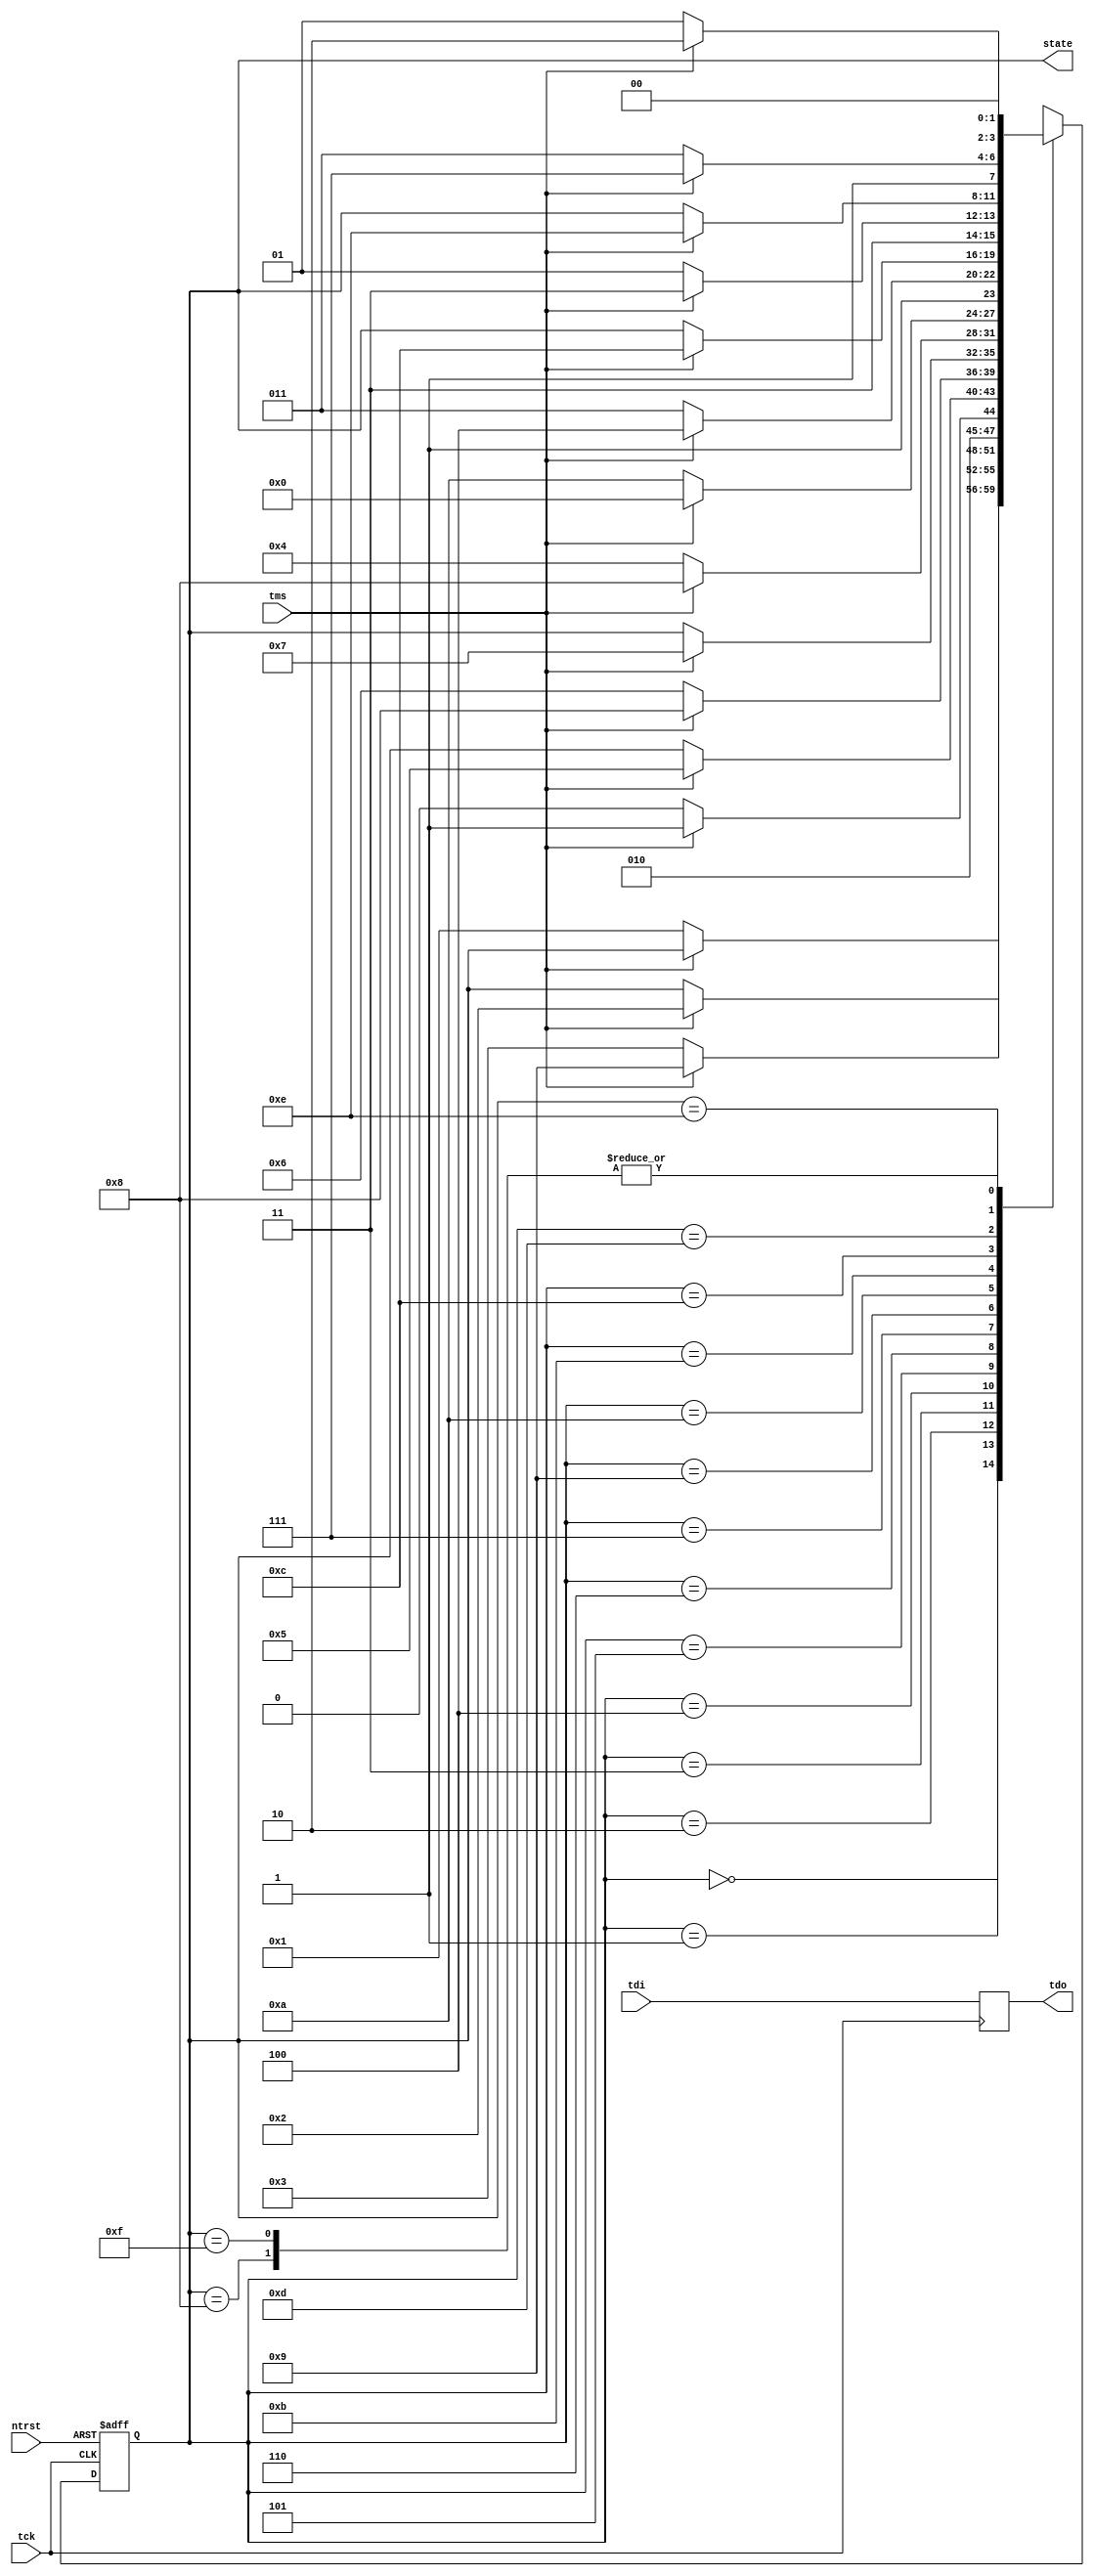
//------------------------------------------------------------------------------------------------------------------
// JTAG TAP Controller
//
// 08/25/04 Initial
// 10/17/05 Conform trst to jtag standard, active low, async, goes to tlr
// 12/21/05 Change tdi latch to posedge
//
//------------------------------------------------------------------------------------------------------------------
	module jtag
	(	
	tck,
	tms,
	tdi,
	tdo,
	ntrst,
	state
	);

// Constants
	parameter MXSTATE	= 4;				// Number tap bits

// IO Ports
	input					tck;			// Test Clock
	input					tms;			// Test Mode Select
	input					tdi;			// Test Data Input
	input					ntrst;			// Test Reset, active low
	output					tdo;			// Test Data Output
	output	[MXSTATE-1:0]	state; 			// JTAG machine status

// Test Access Port state machine declarations
	(* fsm_encoding="user" *)
	reg 	[MXSTATE-1:0]	tap;

	parameter test_logic_reset	=	4'h0;
	parameter run_test_idle		=	4'h1;
	parameter select_dr_scan	=	4'h2;
	parameter capture_dr		=	4'h3;
	parameter shift_dr			=	4'h4;
	parameter exit1_dr			=	4'h5;
	parameter pause_dr			=	4'h6;
	parameter exit2_dr			=	4'h7;
	parameter update_dr			=	4'h8;
	parameter select_ir_scan	=	4'h9;
	parameter capture_ir		=	4'hA;
	parameter shift_ir			=	4'hB;
	parameter exit1_ir			=	4'hC;
	parameter pause_ir			=	4'hD;
	parameter exit2_ir			=	4'hE;
	parameter update_ir			=	4'hF;

	parameter L					=	0;
	parameter H					=	1;

// TDO transitions on falling edge of tck, so latch it on rising edge
	reg					tdo;	

	always @(posedge tck) begin
	tdo	<= tdi;
	end

// Status output
	assign state = tap;

//xsynthesis attribute fsm_encoding of tap is "user"
// TAP State Machine
	always @(posedge tck or negedge ntrst) begin	
	if(!ntrst) tap = test_logic_reset;
	else begin

	case (tap)

	test_logic_reset:
		if (tms == L) tap = run_test_idle;

	run_test_idle:
		if (tms == H) tap = select_dr_scan;

	select_dr_scan:
		if (tms == H) tap = select_ir_scan;
	 	else		  tap = capture_dr;

	capture_dr:
		if (tms == H) tap = exit1_dr;
	 	else		  tap = shift_dr;

	shift_dr:
		if (tms == H) tap = exit1_dr;

	exit1_dr:
		if (tms == H) tap = update_dr;
	 	else		  tap = pause_dr;

	pause_dr:
		if (tms == H) tap = exit2_dr;

	exit2_dr:
		if (tms == H) tap = update_dr;
		else		  tap = shift_dr;

	update_dr:
		if (tms == H) tap = select_dr_scan;
		else		  tap = run_test_idle;

	select_ir_scan:
		if (tms == H) tap = test_logic_reset;
		else		  tap = capture_ir;

	capture_ir:
		if (tms == H) tap = exit1_ir;
		else		  tap = shift_ir;

	shift_ir:
		if (tms == H) tap = exit1_ir;

	exit1_ir:
		if (tms == H) tap = update_ir;
		else		  tap = pause_ir;

	pause_ir:
		if (tms == H) tap = exit2_ir;

	exit2_ir:
		if (tms == H) tap = update_ir;
		else		  tap = shift_ir;

	update_ir:
		if (tms == H) tap = select_dr_scan;
	 	else		  tap = run_test_idle;

	default:
	 				  tap = test_logic_reset;
	endcase
	end
	end

	endmodule